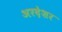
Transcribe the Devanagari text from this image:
अरदेशर